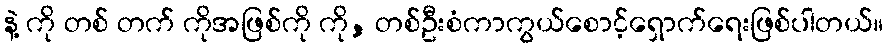
နဲ့ ကို တစ် တက် ကိုအဖြစ်ကို ကို, တစ်ဦးစံကာကွယ်စောင့်ရှောက်ရေးဖြစ်ပါတယ်။